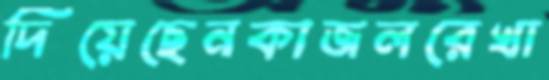
দিয়েছেনকাজলরেখা